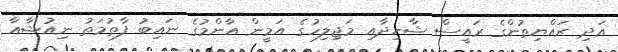
އަދި ރައްޔިތުންގެ ރައީސް ޝާހިދާއި މަޖިލިހުގެ އަމީން އާންމުގެ ނައިބު ފާތުމަތު ނިއުޝާއާ